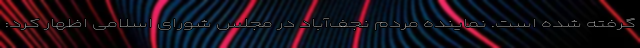
گرفته شده است. نماینده مردم نجف‌آباد در مجلس شورای اسلامی اظهار کرد: